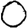
Digit: 0